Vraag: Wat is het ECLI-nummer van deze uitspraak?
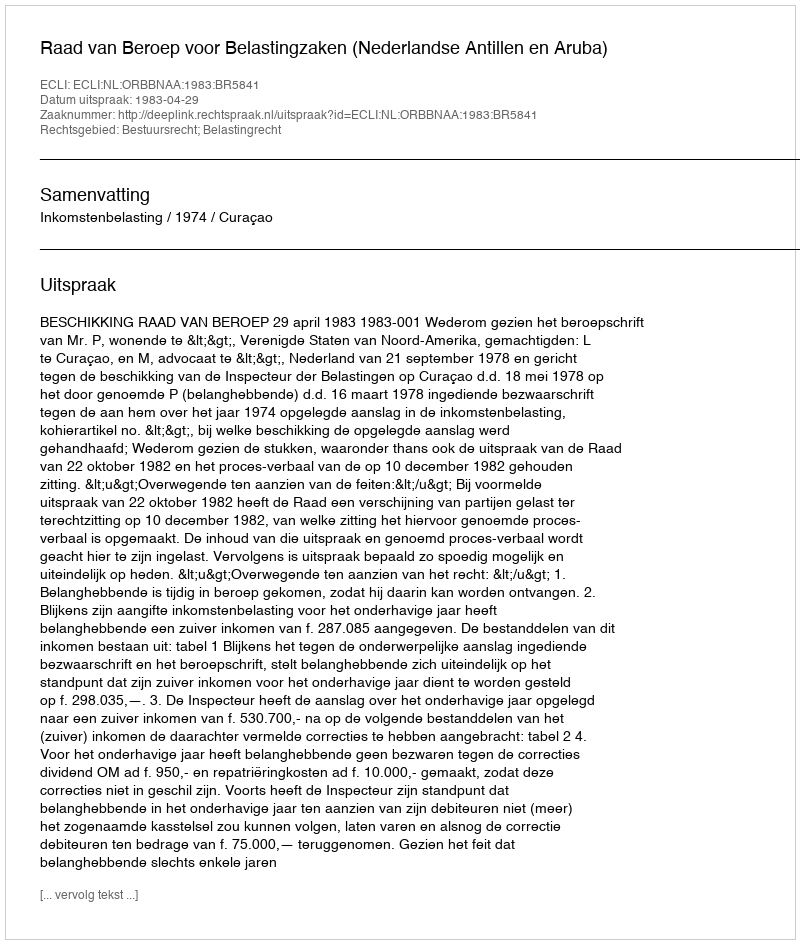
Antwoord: ECLI:NL:ORBBNAA:1983:BR5841